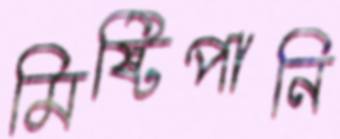
মিষ্টিপানি